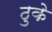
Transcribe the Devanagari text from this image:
ठुके